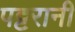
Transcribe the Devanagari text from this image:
पट्टरानी